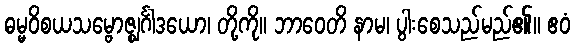
ဓမ္မဝိစယသမ္ဗောဇ္ဈင်္ဂါဒယော၊ တို့ကို။ ဘာဝေတိ နာမ၊ ပွါးစေသည်မည်၏။ ဧဝံ